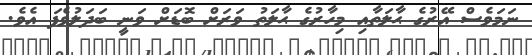
ނަމަވެސް އޭރުގެ ޙާލަތާއި މިހާރުގެ ޙާލަތު ވަރަށް ބޮޑަށް ވަނީ ބަދަލުވެފަ އެވެ.